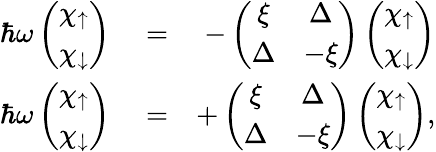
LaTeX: \begin{array}{rlr}{\hbar\omega\left(\begin{array}{c}{\chi_{\uparrow}}\\ {\chi_{\downarrow}}\end{array}\right)}&{{}=}&{-\left(\begin{array}{cc}{\xi}&{\Delta}\\ {\Delta}&{-\xi}\end{array}\right)\left(\begin{array}{c}{\chi_{\uparrow}}\\ {\chi_{\downarrow}}\end{array}\right)}\\ {\hbar\omega\left(\begin{array}{c}{\chi_{\uparrow}}\\ {\chi_{\downarrow}}\end{array}\right)}&{{}=}&{+\left(\begin{array}{cc}{\xi}&{\Delta}\\ {\Delta}&{-\xi}\end{array}\right)\left(\begin{array}{c}{\chi_{\uparrow}}\\ {\chi_{\downarrow}}\end{array}\right),}\end{array}